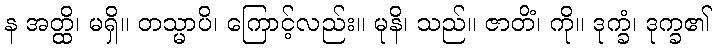
န အတ္ထိ၊ မရှိ။ တသ္မာပိ၊ ကြောင့်လည်း။ မုနိ၊ သည်။ ဇာတိံ၊ ကို။ ဒုက္ခံ၊ ဒုက္ခ၏